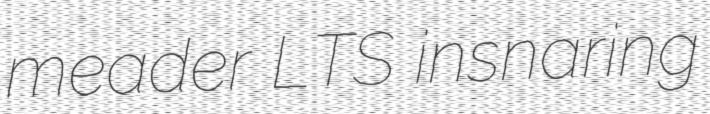
meader LTS insnaring